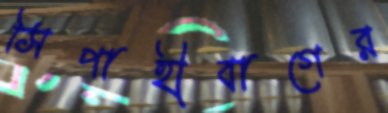
সিপাহীবাগের